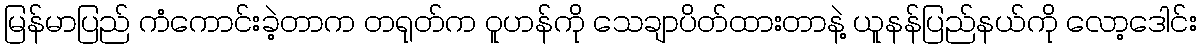
မြန်မာပြည် ကံကောင်းခဲ့တာက တရုတ်က ဝူဟန်ကို သေချာပိတ်ထားတာနဲ့ ယူနန်ပြည်နယ်ကို လော့ဒေါင်း